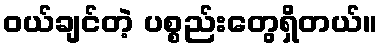
ဝယ်ချင်တဲ့ ပစ္စည်းတွေရှိတယ်။